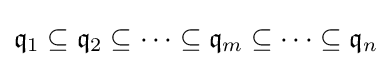
{\mathfrak {q}}_{1}\subseteq {\mathfrak {q}}_{2}\subseteq \cdots \subseteq {\mathfrak {q}}_{m}\subseteq \cdots \subseteq {\mathfrak {q}}_{n}